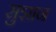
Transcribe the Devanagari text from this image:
सुज्ञान